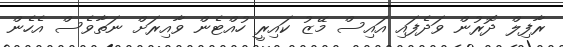
ރާފިލް ދޮރުން ވަދެފައި އައިސް މޭޒު ކައިރީ ހުއްޓެން ވާއިރަށް ނަތާވެސް އެހެން